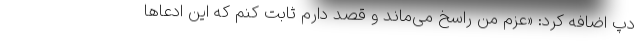
دپ اضافه کرد: «عزم من راسخ می‌ماند و قصد دارم ثابت کنم که این ادعاها